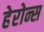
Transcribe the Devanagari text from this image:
हेरोन्स